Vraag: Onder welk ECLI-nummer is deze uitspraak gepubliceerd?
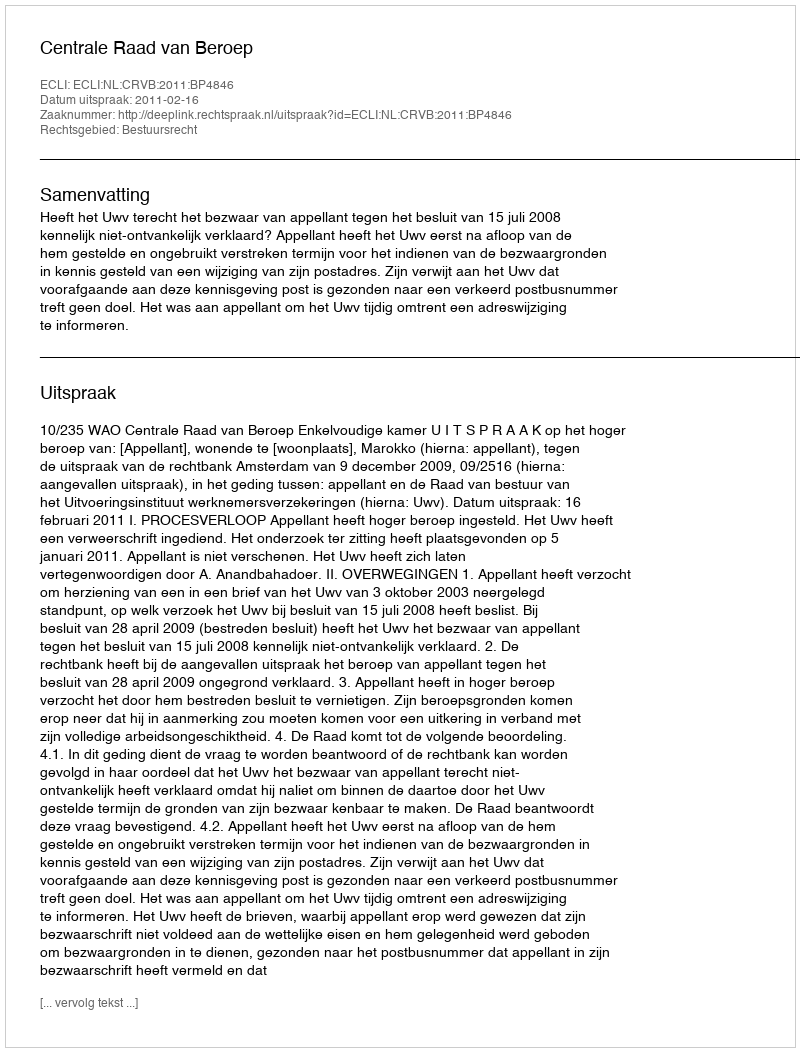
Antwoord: ECLI:NL:CRVB:2011:BP4846